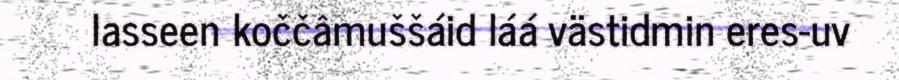
lasseen koččâmuššáid láá västidmin eres-uv